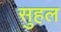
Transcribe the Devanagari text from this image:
सुहल